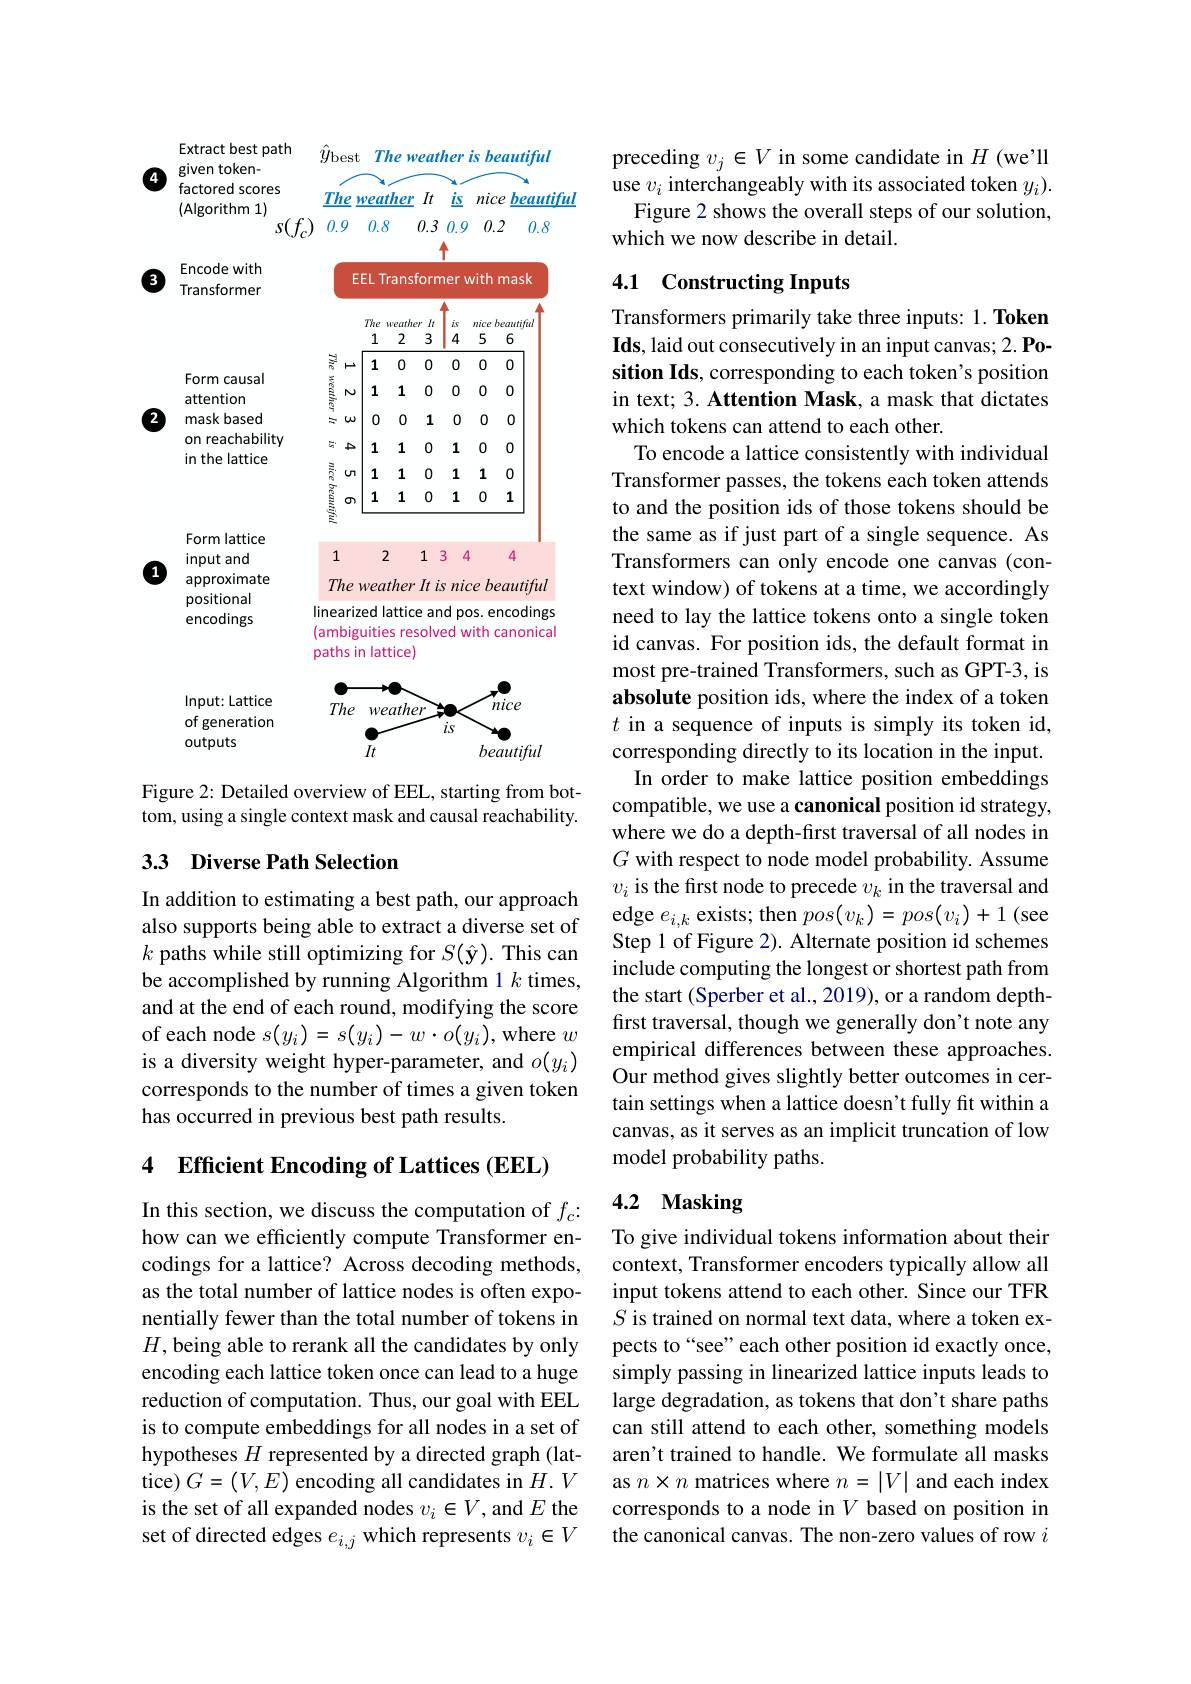
<FigureHere>

Figure 2: Detailed overview of EEL, starting from bottom, using a single context mask and causal reachability.

### 33 Diverse Path Selection

In addition to estimating a best path, our approach also supports being able to extract a diverse set of $k$ paths while still optimizing for $S(\hat{\mathbf{y}}).$ This can be accomplished by running Algorithm 1 $k$ times, and at the end of each round, modifying the score of each node $s(y_i)=s(y_i)-w\cdot o(y_i)$, where $w$ is a diversity weight hyper-parameter, and $o(y_i)$ corresponds to the number of times a given token has occurred in previous best path results.

# 4 Efficient Encoding of Lattices (EEL)

In this section, we discuss the computation of $f_c{:}$ how can we efficiently compute Transformer encodings for a lattice? Across decoding methods, as the total number of lattice nodes is often exponentially fewer than the total number of tokens in $H$, being able to rerank all the candidates by only encoding each lattice token once can lead to a huge reduction of computation. Thus, our goal with EEL is to compute embeddings for all nodes in a set of hypotheses $H$ represented by a directed graph (lattice) $G=(V,E)$ encoding all candidates in $H.V$ is the set of all expanded nodes $v_i\in V$, and $E$ the set of directed edges $e_i,j$ which represents $v_i\in V$

preceding $v_j\in V$ in some candidate in $H$ (we'll use $v_i$ interchangeably with its associated token $y_i).$ Figure 2 shows the overall steps of our solution, which we now describe in detail.

### 4.1 Constructing Inputs

Transformers primarily take three inputs: 1. Token Ids, laid out consecutively in an input canvas; 2. Position Ids, corresponding to each token's position in text; 3. Attention Mask, a mask that dictates which tokens can attend to each other.
To encode a lattice consistently with individual Transformer passes, the tokens each token attends to and the position ids of those tokens should be the same as if just part of a single sequence. As Transformers can only encode one canvas (context window) of tokens at a time, we accordingly need to lay the lattice tokens onto a single token id canvas. For position ids, the default format in most pre-trained Transformers, such as GPT-3, is absolute position ids, where the index of a token $t$ in a sequence of inputs is simply its token id, corresponding directly to its location in the input. In order to make lattice position embeddings compatible, we use a canonical position id strategy, where we do a depth-first traversal of all nodes in $G$ with respect to node model probability. Assume $v_i$ is the first node to precede $v_k$ in the traversal and $\operatorname { \mathrm{edge~}e_{i, k}} \operatorname { \mathrm{exists; ~then~}} pos( v_{k}) = pos( v_{i}) + 1$ (see Step 1 of Figure 2). Alternate position id schemes include computing the longest or shortest path from the start (Sperber et al., 2019), or a random depthfirst traversal, though we generally don't note any empirical differences between these approaches. Our method gives slightly better outcomes in certain settings when a lattice doesn't fully fit within a canvas, as it serves as an implicit truncation of low model probability paths.
4.2 Masking

To give individual tokens information about their context, Transformer encoders typically allow all input tokens attend to each other. Since our TFR $S$ is trained on normal text data, where a token expects to“see” each other position id exactly once, simply passing in linearized lattice inputs leads to large degradation, as tokens that don't share paths can still attend to each other, something models aren't trained to handle. We formulate all masks as $n\times n$ matrices where $n=|V|$ and each index corresponds to a node in $V$ based on position in the canonical canvas. The non-zero values of row $i$